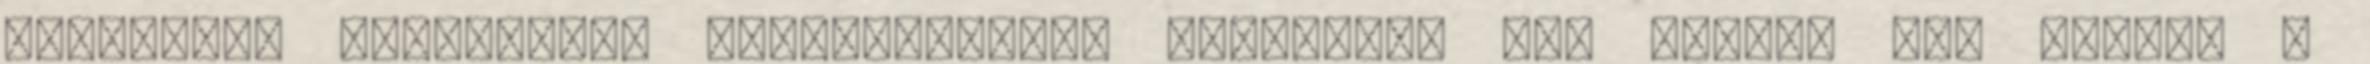
található kulturális intézményeket egyesíti, egy vezető alá vonja. A